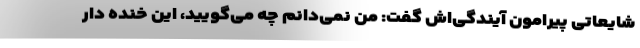
شایعاتی پیرامون آیندگی‌اش گفت: من نمی‌دانم چه می‌گویید، این خنده دار